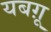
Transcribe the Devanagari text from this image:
यबग़ू